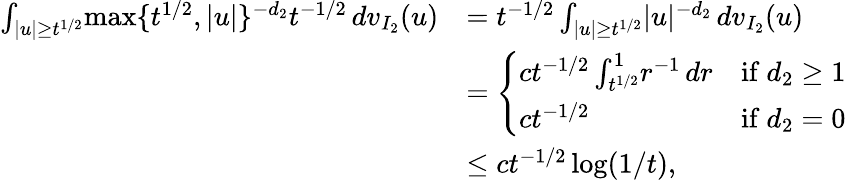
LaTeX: \begin{array}{rl}{\int_{|u|\ge t^{1/2}}\! \operatorname*{max}\{ t^{1/2},|u|\} ^{-d_{2}}t^{-1/2}\, dv_{I_{2}}(u)}&{=t^{-1/2}\int_{|u|\ge t^{1/2}}\! |u|^{-d_{2}}\, dv_{I_{2}}(u)}\\ &{=\left\{ \begin{array}{ll}{ct^{-1/2}\int_{t^{1/2}}^{1}\! r^{-1}\, dr}&{\mathrm{if~}d_{2}\ge 1}\\ {ct^{-1/2}}&{\mathrm{if~}d_{2}=0}\end{array}\right.}\\ &{\le ct^{-1/2}\log(1/t),}\end{array}